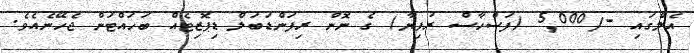
އެލްގައި -/5